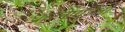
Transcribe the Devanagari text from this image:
धारेनेपंडिता